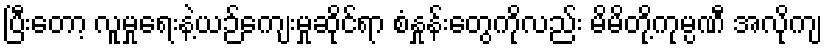
ပြီးတော့ လူမှုရေးနဲ့ယဉ်ကျေးမှုဆိုင်ရာ စံနှုန်းတွေကိုလည်း မိမိတို့ကုမ္ပဏီ အလိုကျ